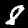
Label: 8